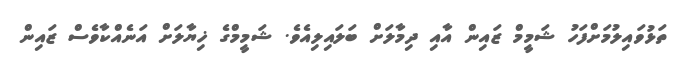
ތަޅުވައިލުމަށްފަހު ޝަމީމް ޒައިން އާއި ދިމާލަށް ބަލައިލިއެވެ. ޝަމީމްގެ ޚިޔާލަށް އަނެއްކާވެސް ޒައިން